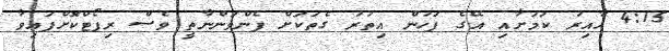
4:15 ހާއިރު ކަމަށާއި އޭގެ ފަހުން އިތުރު ގެތަކަށް ފެންވަންނާތީ ވެސް ރިޕޯޓްކޮށްފައިވާ